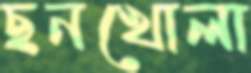
ছনখোলা